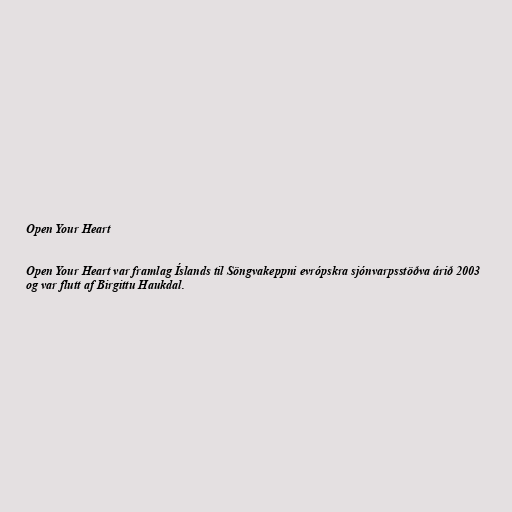
Open Your Heart

Open Your Heart var framlag Íslands til Söngvakeppni evrópskra sjónvarpsstöðva árið 2003
og var flutt af Birgittu Haukdal.